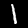
Digit: 1